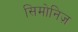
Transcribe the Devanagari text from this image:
सिमोनिज़